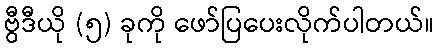
ဗွီဒီယို (၅) ခုကို ဖော်ပြပေးလိုက်ပါတယ်။